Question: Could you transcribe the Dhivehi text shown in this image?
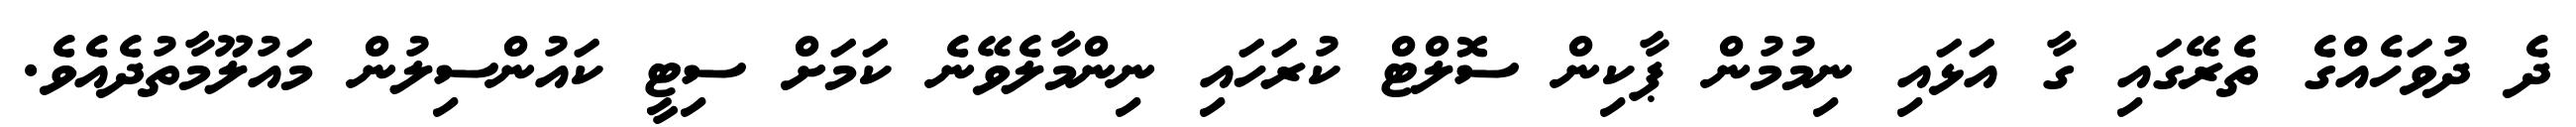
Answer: ދެ ދުވަހެއްގެ ތެރޭގައި ގާ އަޅައި ނިމުމުން ޕާކިން ސޮލްޓް ކުރަހައި ނިންމާލެވޭނެ ކަމަށް ސިޓީ ކައުންސިލުން މައުލޫމާތުދެއެވެ.